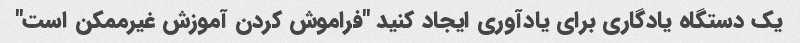
یک دستگاه یادگاری برای یادآوری ایجاد کنید "فراموش کردن آموزش غیرممکن است"